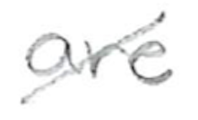
Text: are
Cross-out: diagonal
Writing tool: pencil